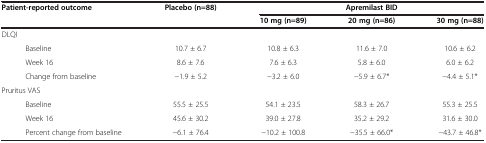
| Patient-reported outcome | Placebo (n=88) | <COLSPAN=3> Apremilast BID |
 |  |  | 10 mg (n=89) | 20 mg (n=86) | 30 mg (n=88) |
 | --- | --- | --- | --- | --- |
 | DLQI |  |  |  |  |
 | Baseline | 10.7 ± 6.7 | 10.8 ± 6.3 | 11.6 ± 7.0 | 10.6 ± 6.2 |
 | Week 16 | 8.6 ± 7.6 | 7.6 ± 6.3 | 5.8 ± 6.0 | 6.0 ± 6.2 |
 | Change from baseline | −1.9 ± 5.2 | −3.2 ± 6.0 | −5.9 ± 6.7* | −4.4 ± 5.1* |
 | Pruritus VAS |  |  |  |  |
 | Baseline | 55.5 ± 25.5 | 54.1 ± 23.5 | 58.3 ± 26.7 | 55.3 ± 25.5 |
 | Week 16 | 45.6 ± 30.2 | 39.0 ± 27.8 | 35.2 ± 29.2 | 31.6 ± 30.0 |
 | Percent change from baseline | −6.1 ± 76.4 | −10.2 ± 100.8 | −35.5 ± 66.0* | −43.7 ± 46.8* |